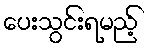
ပေးသွင်းရမည့်